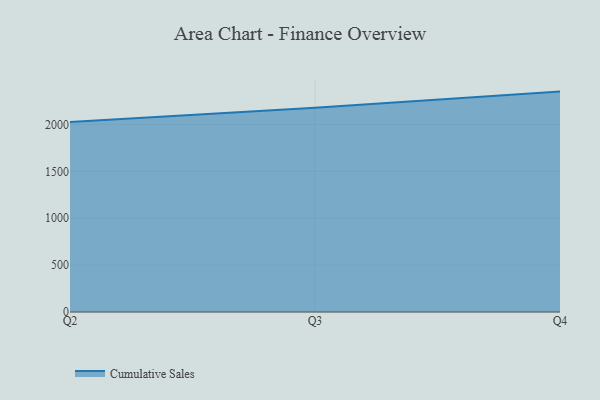
{"axis": {"x": "Quarter", "y": "Net Income (USD K)"}, "legend": ["Cumulative Sales"], "data": [{"x": "Q2", "y": 2024.9, "type": "Cumulative Sales"}, {"x": "Q3", "y": 2176.6, "type": "Cumulative Sales"}, {"x": "Q4", "y": 2350.0, "type": "Cumulative Sales"}]}